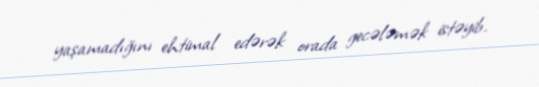
yaşamadığını ehtimal edərək orada gecələmək istəyib.